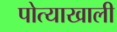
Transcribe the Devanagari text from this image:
पोत्याखाली